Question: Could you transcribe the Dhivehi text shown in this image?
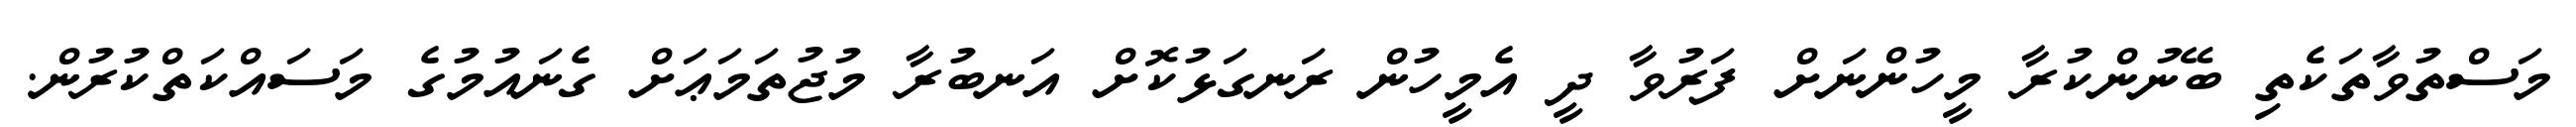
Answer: މަސްތުވާތަކެތި ބޭނުންކުރާ މީހުންނަށް ފަރުވާ ދީ އެމީހުން ރަނގަޅުކޮށް އަނބުރާ މުޖުތަމަޢަށް ގެނައުމުގެ މަސައްކަތްކުރުން.